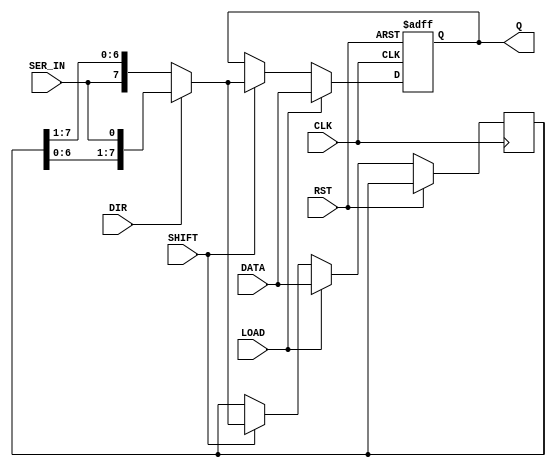
//---------------------------------------------------------------------------------------------------------------------------------------------------------------------------------------------------------------------------------------------------------------
// Purpose: Design an edge triggered 8-bit shift register with a synchronous load, serial input.
// Concept: 1. When RST is active, it resets (clears) the shift-register contents (zero).
//          2. When LOAD is active, the value of DATA is written to the shift register
//          3. When SHIFT is active, depending on value of DIR signal, the data in the shift register (Q [7:0]) shifts left or right by one-bit. SER_IN bit overwrites LSB or MSB in the left-shift or right-shift operation respectively.
//          4. When RST, LOAD, and SHIFT signals are inactive, the current value in the shift register Q [7:0] remains unchanged1. Round Robin Rotator takes in four requests at a time and generates one grant with priority every clock cycle.
//
// Owner: Rohit Kumar Singh
//---------------------------------------------------------------------------------------------------------------------------------------------------------------------------------------------------------------------------------------------------------------


`timescale 1ns/1ns


module shift_register (Q, CLK, RST, LOAD, SHIFT, DIR, DATA, SER_IN);
output reg [7:0] Q;
input CLK, RST, LOAD,DIR, SHIFT, SER_IN;
input [7:0] DATA;
reg [7:0] temp;

always @ (posedge CLK or posedge RST) 
begin
if (RST)
	Q<=8'b0;
else if(LOAD)
begin
	Q<=DATA;
	temp<=DATA;
end 
else if(SHIFT) //DIR =1 Shift left
begin
	if(DIR)
	begin
	 temp = {temp[6:0], SER_IN};
	 Q<=temp;
	end
	else
	begin
	 temp = {SER_IN, temp[7:1]};
	 Q<=temp;
	end
end
end
endmodule